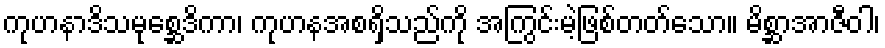
ကုဟနာဒိသမုစ္ဆေဒိကာ၊ ကုဟနအစရှိသည်ကို အကြွင်းမဲ့ဖြစ်တတ်သော။ မိစ္ဆာအာဇီဝါ၊